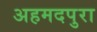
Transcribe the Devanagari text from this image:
अहमदपुरा